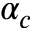
\alpha _ { c }